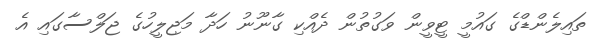
ތައިލެންޑްގެ ގައުމީ ޓީވީން ވަގުތުން ދެއްކި ގާނޫނު ހަދާ މަޖިލީހުގެ ޖަލްސާގައި އެ